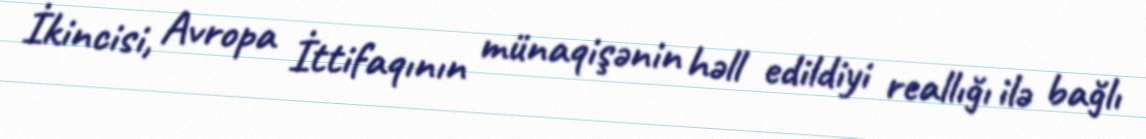
İkincisi, Avropa İttifaqının münaqişənin həll edildiyi reallığı ilə bağlı